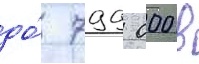
до́ 799 000 в